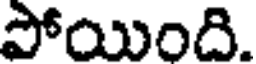
పోయింది.